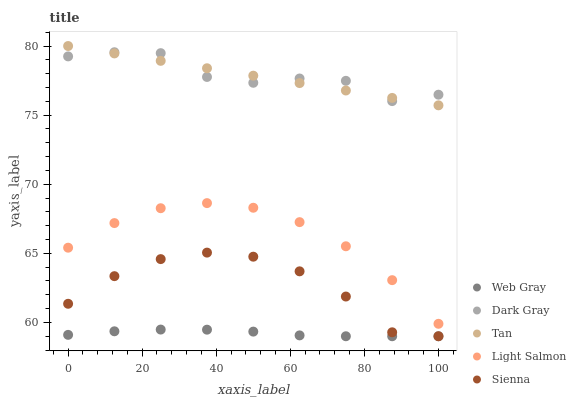
| xaxis_label | Web Gray | Dark Gray | Tan | Light Salmon | Sienna |
 | --- | --- | --- | --- | --- | --- |
 | 0 | 59.1 | 79.2 | 80 | 65.4 | 61.3 |
 | 12.5 | 59.4 | 79.5 | 79.5 | 67.2 | 63.3 |
 | 25 | 59.5 | 79.5 | 78.9 | 68.3 | 64.6 |
 | 37.5 | 59.5 | 77.8 | 78.4 | 68.6 | 65.1 |
 | 50 | 59.3 | 77.3 | 77.9 | 68.3 | 64.8 |
 | 62.5 | 59.1 | 77.6 | 77.3 | 67.3 | 63.7 |
 | 75 | 59 | 77.5 | 76.8 | 65.5 | 61.9 |
 | 87.5 | 59 | 76 | 76.2 | 63.1 | 59.3 |
 | 100 | 59 | 76.5 | 75.7 | 59.9 | 59 |